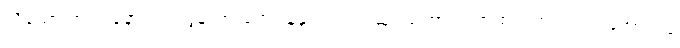
သို့သော် ဘုရင့်နောင် အလွန်သားတော် နန္ဒဘုရင်ငါးဆူဒယကာ လက်ထက်တွင် လက်အောက်ခံ